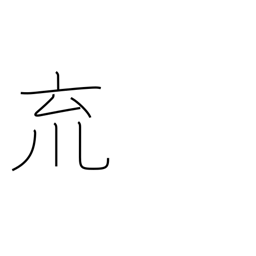
Meaning: a cup with pendants